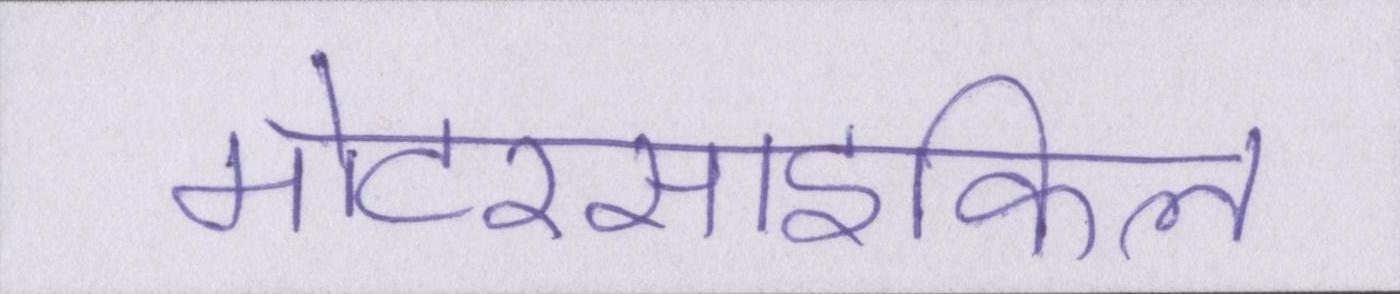
मोटरसाइकिल